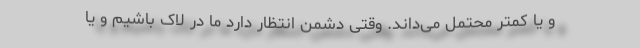
و یا کمتر محتمل می‌داند. وقتی دشمن انتظار دارد ما در لاک باشیم و یا